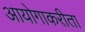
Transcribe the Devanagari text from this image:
आयोगाकरीता